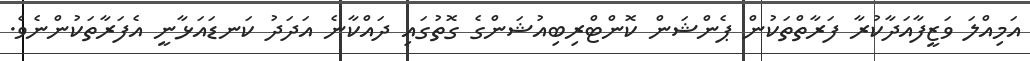
އަމިއްލަ ވަޒީފާއަދާކުރާ ފަރާތްތަކުން ޕެންޝަން ކޮންޓްރިބިއުޝަންގެ ގޮތުގައި ދައްކާނެ އަދަދު ކަނޑައަޅާނީ އެފަރާތަކުންނެވެ.